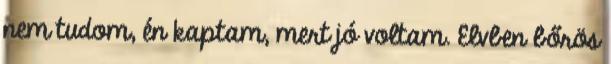
nem tudom, én kaptam, mert jó voltam. Elvben bőrös